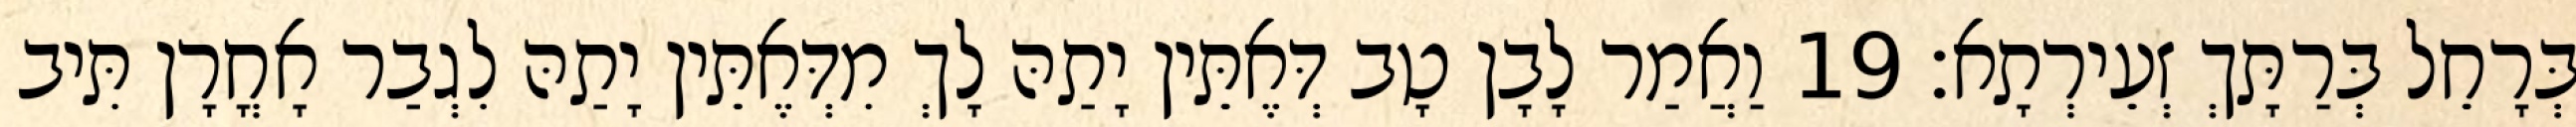
בְּרָחֵל בְּרַתָּךְ זְעֵירְתָא׃ 19 וַאֲמַר לָבָן טָב דְּאֶתֵּין יָתַהּ לָךְ מִדְּאֶתֵּין יָתַהּ לִגְבַר אָחֳרָן תִּיב